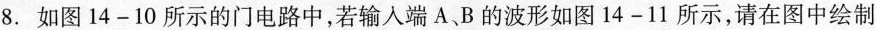
8. 如图14-10所示的门电路中，若输入端A、B的波形如图14-11所示，请在图中绘制